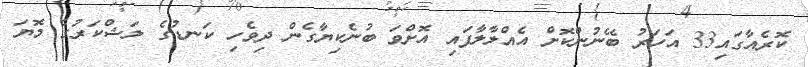
ކޮރެއާގައި33 އަހަރު ބޭނުންކޮށް އެއްލާލާފައި އޮށްވަ ބުނެކިޔާގެން ދިވެހި ކަނޑުގެ ލަޝްކަރުގެ މޮޔަ